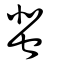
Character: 蜚